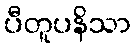
ပီတူပနိသာ